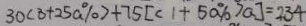
3 0 ( 3 + 2 5 a \% ) + 7 5 [ ( 1 + 5 a \% ) a ] = 2 3 4